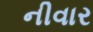
નીવાર